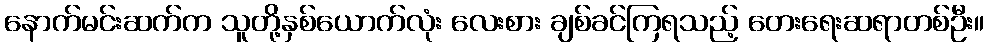
နောက်မင်းဆက်က သူတို့နှစ်ယောက်လုံး လေးစား ချစ်ခင်ကြရသည့် တေးရေးဆရာတစ်ဦး။